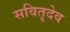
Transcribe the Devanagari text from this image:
सवितृदेव